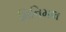
મિનિમલ